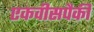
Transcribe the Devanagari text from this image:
एकवीसपैकी